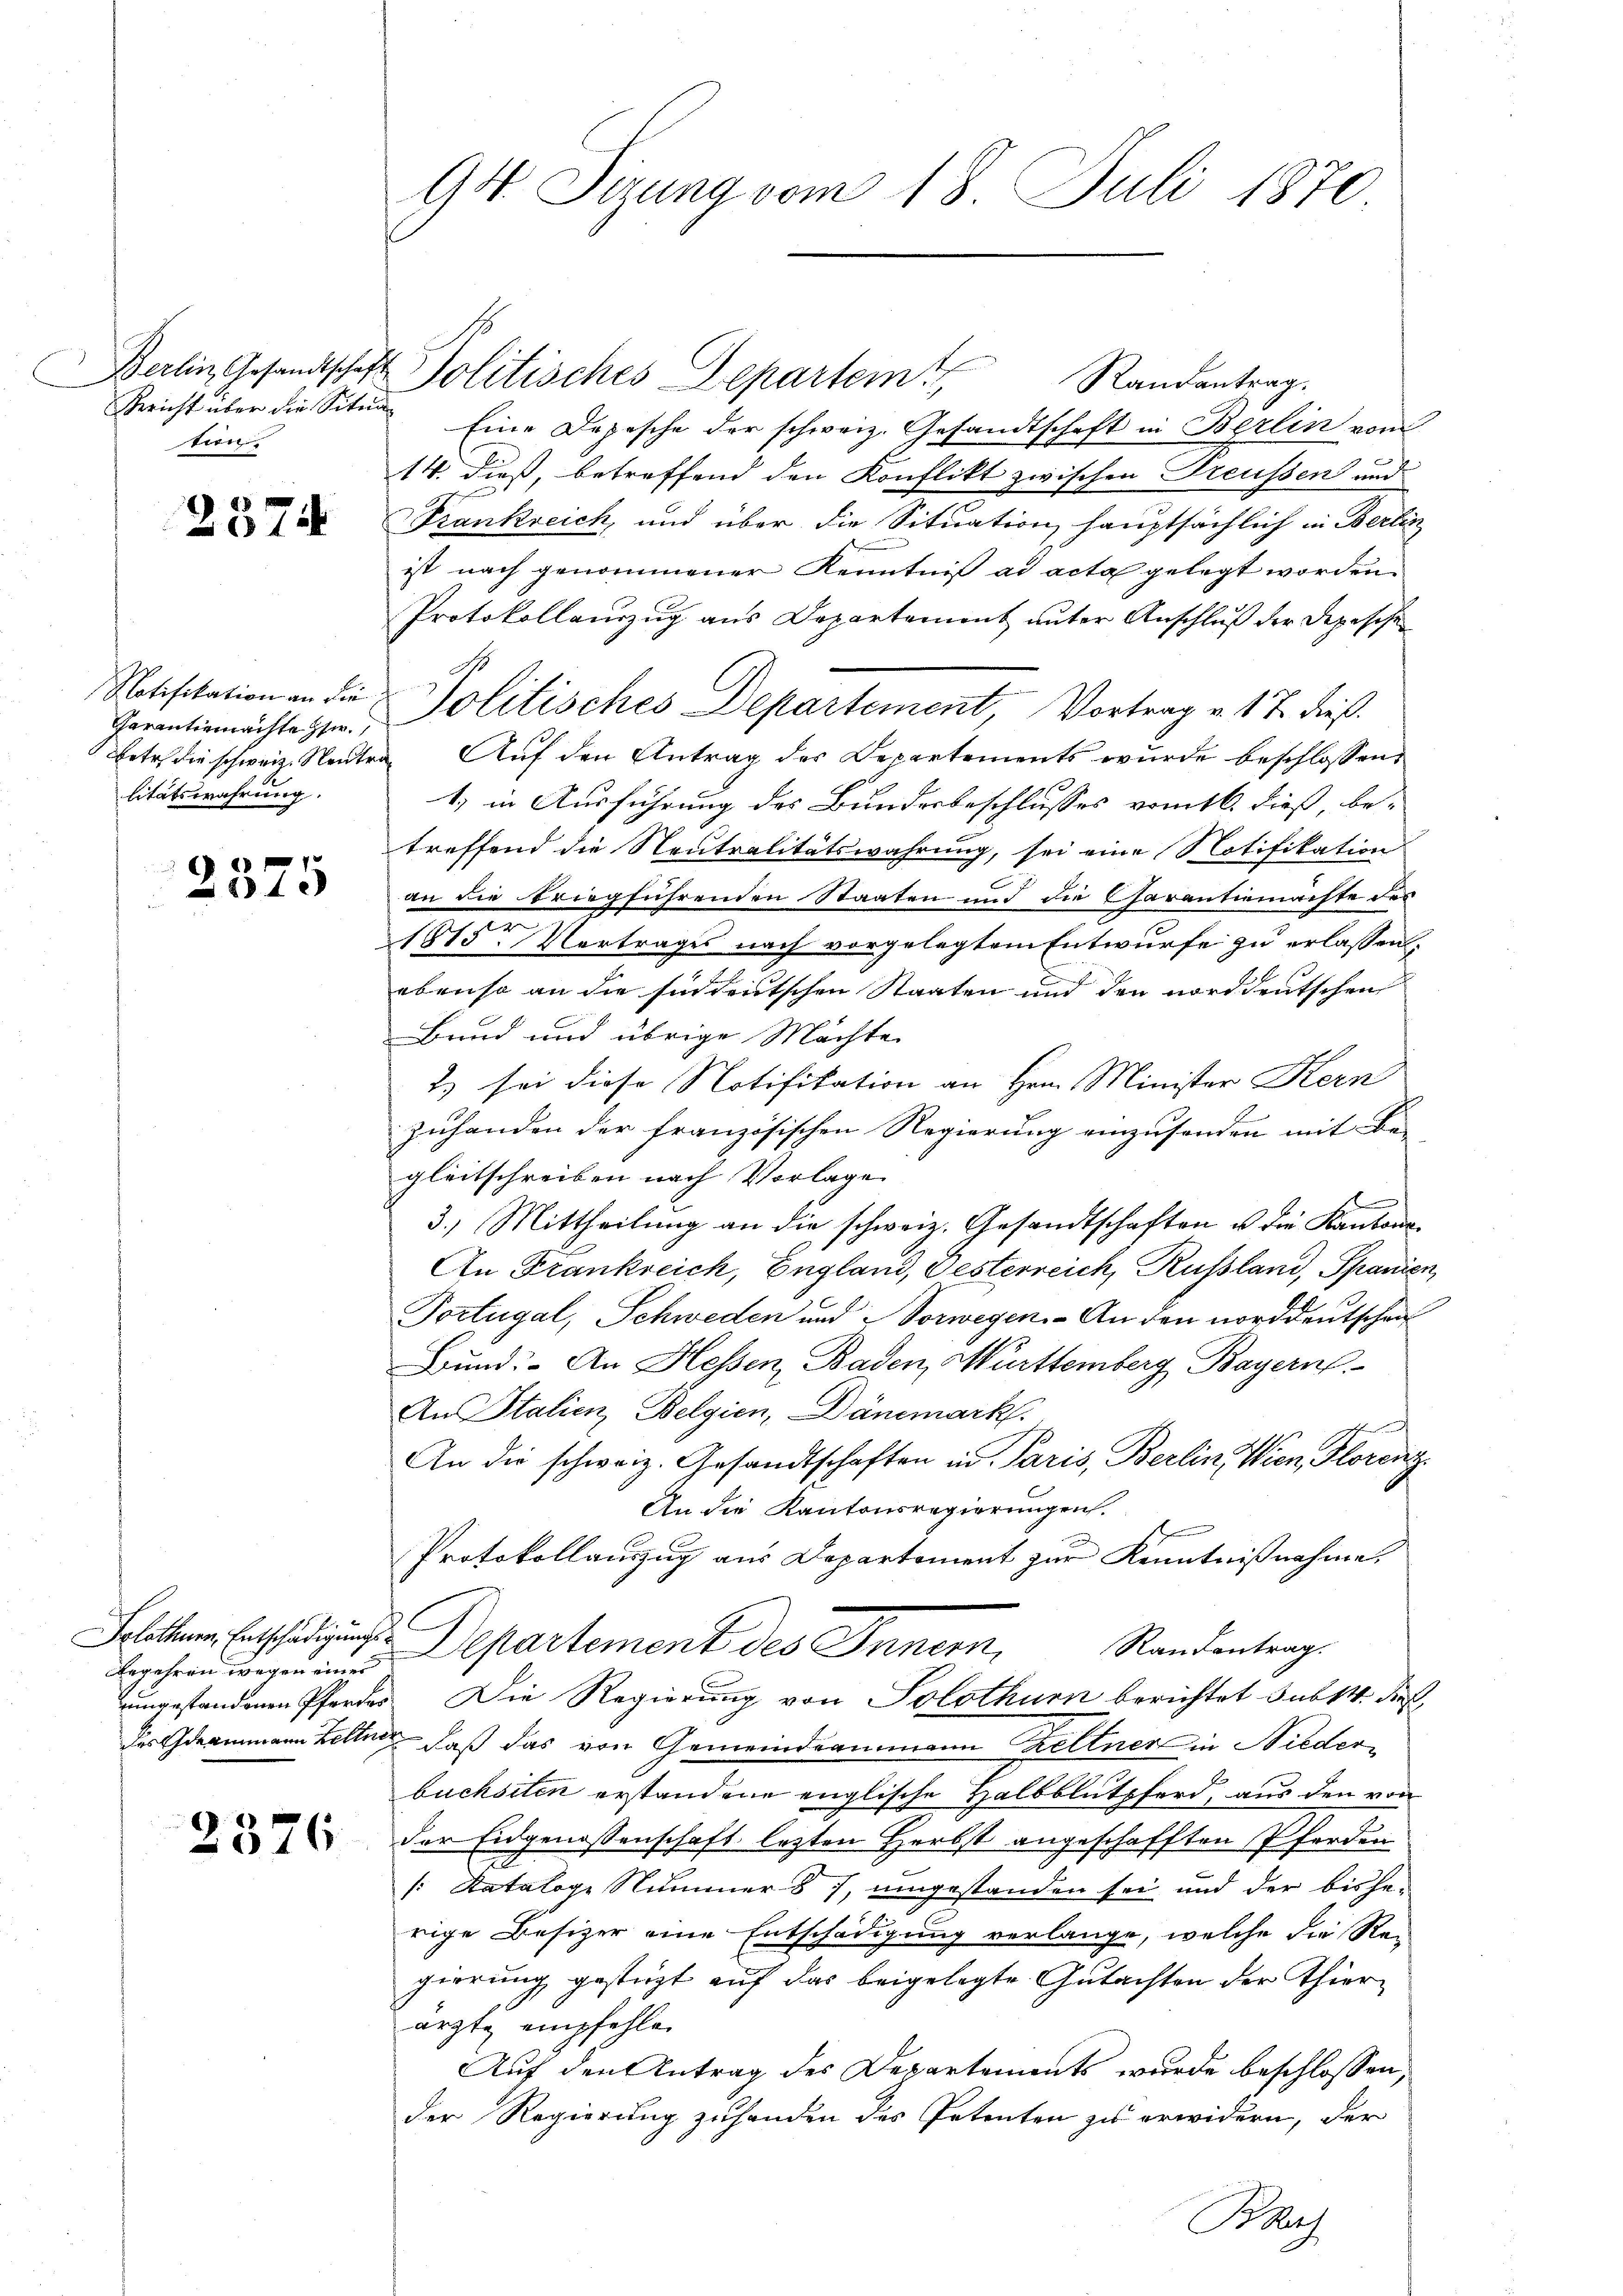
Bericht über die Situa
tion

2574

Parantienrachte Her
Betr. die schweiz. Neutra
litätswahrung.

2375

Begehren wegen eines

94. Sizung vom 18. Juli 1870

Berlin Gesandtschaft Politisches Departem Randantrag.
Eine Depesche der schweiz. Gesandtschaft in Berlin vom
14. dieß, betreffend den Konflikt zwischen Freussen und
Frankreich, und über die Situation hauptsächlich in Berlin
ist nach genommener Kenntnis ad acta gelegt worden.
Protokollauszug aus Departement unter Anschluß der Depesche
Notifikation an die Politisches Departement, Vortrag u. 17. dieß.
Auf den Antrag des Departements wurde beschlossen,
1) in Ausführung des Bundesbeschlusses vom 16. dieß, be-
treffend die Neutralitätswahrung, sei eine Notifikation
an die Briegführenden Staaten und die Charantiemachte des
1815 Vertrages nach vorgelegtem Entwurfe zu erlassen.
ebenso an die süddeutschen Staaten und den norddeutschen
Band und übrige Mächte
2) sei diese Notifikation an Hrn. Minister Kern
zuhanden der französischen Regierung einzusenden mit Be-
gleitschreiben nach Vorlage
3.) Mittheilung an die schweiz. Gesandtschaften u die Kantons
An Frankreich, England, Besterreich, Russland, Spanien,
Portugal, Schweden und Vorwegen. - An den norddeutschaf
Bund: An Hessen, Baden, Württemberg Bayern
An Stalien, Belgien, Dänemarkt.
An die schweiz. Gesandtschaften in Paris, Berlin, Wien, Florenz
An die Kantonsregierungen.
Protokollauszug aus Departement zur Kenntnißnahme.
l
Selte Entschädigung. Departement des Innern, Randentrag
umgestandenen Pferdes Die Regierung von Solothurn berichtet subst dies
des Grammann Zellen, daß das von Gemeindeammann Kellner in Niederbüchsiten erstandene englische Halbblutpferd, aus den von
 der Eidgenossenschaft lezten Herbst angeschafften Pferden
/:Kataloge Nummer § 7, umgestanden sei und der bisherige Besizer eine Entschädigung verlange, welche die Rei
gierung gestüzt auf das beigelegte Gutachten der Thierärzte empfehlen
Auf den Antrag des Departements wurde beschlossen,
der Regierung zuhanden des Petenten zu erwidern, der
Bas